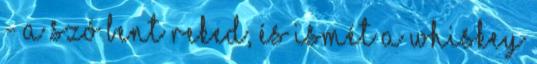
- a szó bent reked, és ismét a whiskey